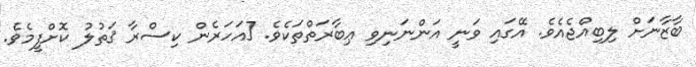
ބާޒާނަށް ލިބިއްޖެއެވެ. އޭގައި ވަނީ އަންނަނިވި ޢިބާރަތްތަކެވެ. [އަހަރެން ކިސްރާ ޤަތުލު ކޮށްފީމެވެ.